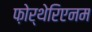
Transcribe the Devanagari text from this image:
फ़ोर्थेरिएनम